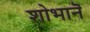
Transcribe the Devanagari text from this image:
शोभानॆ